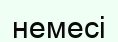
немесі